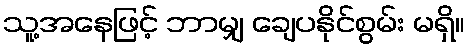
သူ့အနေဖြင့် ဘာမျှ ချေပနိုင်စွမ်း မရှိ။